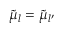
{ \tilde { \mu } } _ { l } = { \tilde { \mu } } _ { l { ' } }